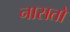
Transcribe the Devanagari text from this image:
नासतो